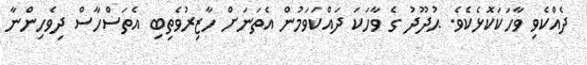
ދެއްކެވި ވާހަކަކޮޅެކެވެ. ޙުދޫދު ގެ ވާހަކަ ދައްކަވަމުން އެތަނަށް ހާޒިރުވެތިބި އެތަސްހާސް ދިވެހިންނާ